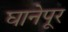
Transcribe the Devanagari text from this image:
घानेपूर